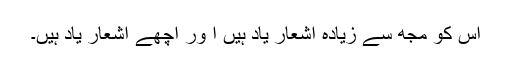
اس کو مجھ سے زیادہ اشعار یاد ہیں ا ور اچھے اشعار یاد ہیں۔